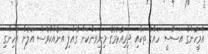
އެމީހުންގެ އަސާސީ ހައްގު ތަކާއި ދިރިއުޅުމުގެ މިނިވަންކަން ގެއްލި އަނެއްކާވެސް އަލުން އެހިންގި